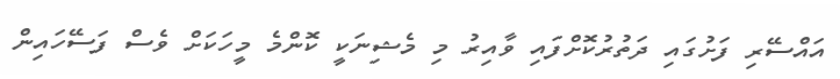
އައްސޭރި ފަށުގައި ދަތުރުކޮށްފައި ވާއިރު މި މެޝިނަކީ ކޮންމެ މީހަކަށް ވެސް ފަސޭހައިން